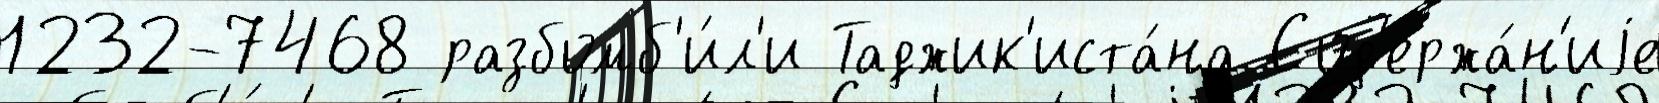
1232-7468 разбомб'и́л'и Таджик'иста́на Сод'ержа́н'иjе